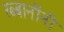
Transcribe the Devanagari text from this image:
रब्बानींनी